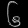
Digit: ၆